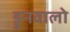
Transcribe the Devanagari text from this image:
ड्रुनवालो